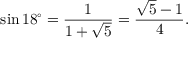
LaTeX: \sin 1 8 ^ { \circ } = { \frac { 1 } { 1 + { \sqrt { 5 } } } } = { \frac { { \sqrt { 5 } } - 1 } { 4 } } .